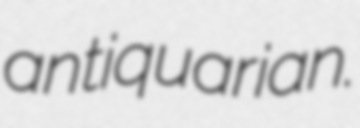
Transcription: antiquarian.